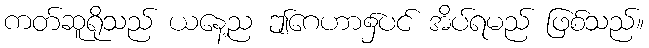
ကတ်ဆူရိုသည် ယနေ့ည ဤဂေဟာ၌ပင် အိပ်ရမည် ဖြစ်သည်။